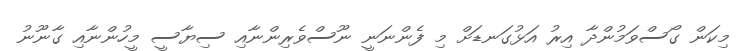
މިކަން ގޯސްވަމުންދާ އިރު އަޅުގަނޑަށް މި ފެންނަނީ ނޫސްވެރިންނާއި ސިޔާސީ މީހުންނާއި ގާނޫނު